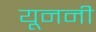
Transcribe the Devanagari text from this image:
यूननी